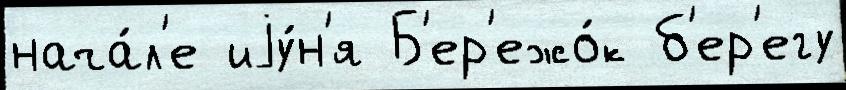
нача́л'е иjу́н'я Б'ер'ежо́к б'ер'егу